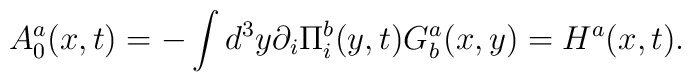
A^a_0(x,t)=-\int d^3y \partial _i\Pi ^b_i(y,t)G^a_b(x,y)=H^a(x,t).